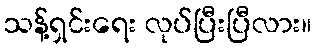
သန့်ရှင်းရေး လုပ်ပြီးပြီလား။